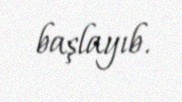
başlayıb.